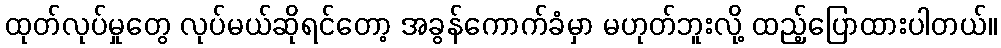
ထုတ်လုပ်မှုတွေ လုပ်မယ်ဆိုရင်တော့ အခွန်ကောက်ခံမှာ မဟုတ်ဘူးလို့ ထည့်ပြောထားပါတယ်။